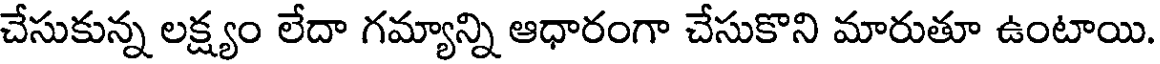
చేసుకున్న లక్ష్యం లేదా గమ్యాన్ని ఆధారంగా చేసుకొని మారుతూ ఉంటాయి